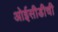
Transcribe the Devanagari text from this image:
ओईसीडीची